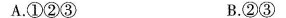
A.①②③ B.②③